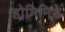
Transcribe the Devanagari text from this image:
होमिनिडे